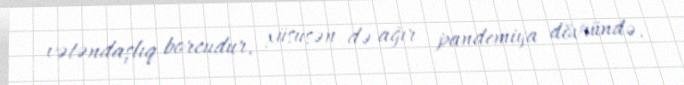
vətəndaşlıq borcudur, xüsusən də ağır pandemiya dövründə.